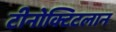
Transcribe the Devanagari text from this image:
टीनोक्टिटलान